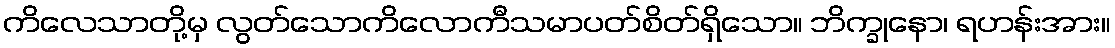
ကိလေသာတို့မှ လွတ်သောကိလောကီသမာပတ်စိတ်ရှိသော။ ဘိက္ခုနော၊ ရဟန်းအား။